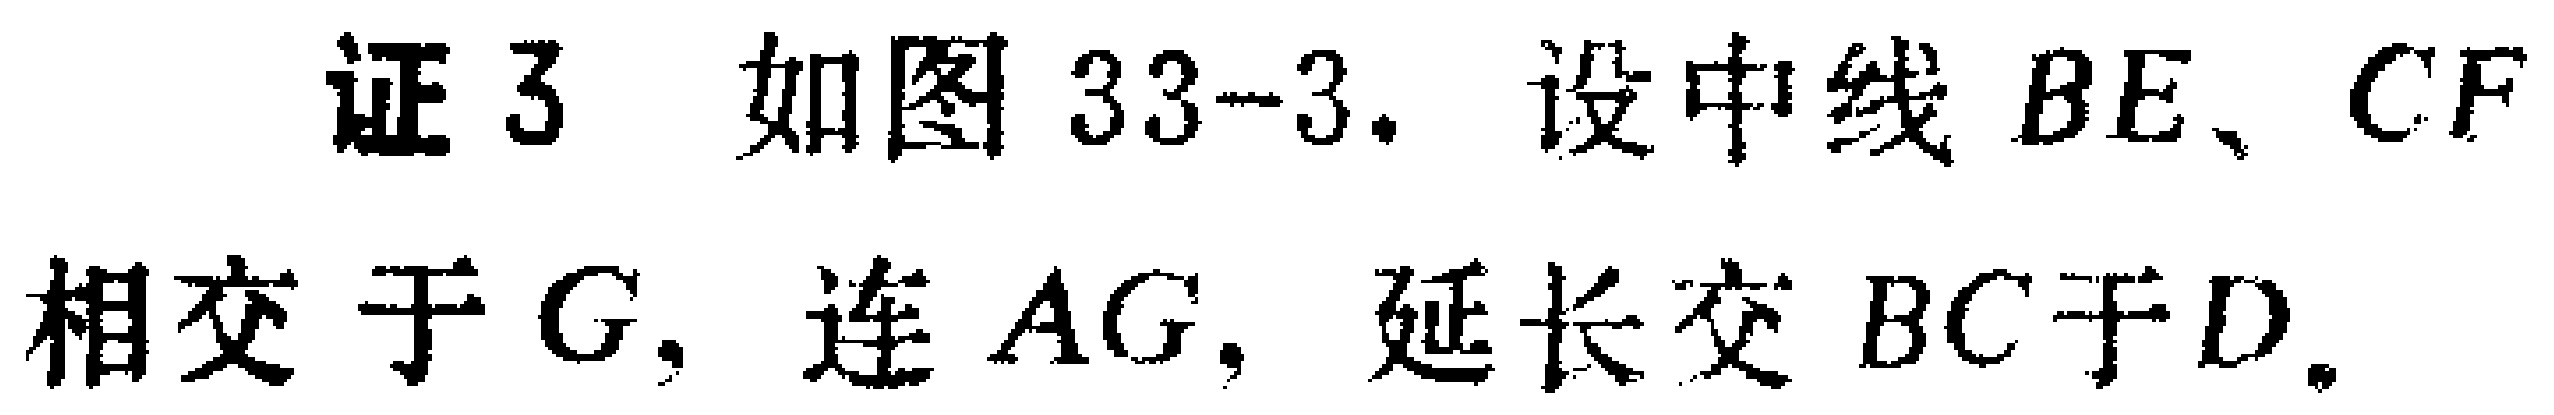
证3 如图33-3. 设中线 \(BE、CF\) 相交于 \(G\)，连 \(AG\)，延长交 \(BC\)于 \(D\)。